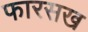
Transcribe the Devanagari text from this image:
फारसख